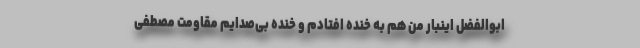
ابوالفضل اینبار من هم به خنده افتادم و خنده بی‌صدایم مقاومت مصطفی